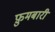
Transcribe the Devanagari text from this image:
फ़ुमबारी